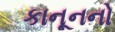
કાનૂનનો